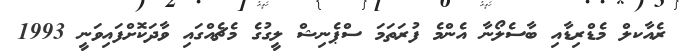
ރެއާކލް މެޑްރިޑާއި ބާސެލޯނާ އެންމެ ފުރަތަމަ ސްޕެނިޝް ލީގުގެ މެޗެއްގައި ވާދަކޮށްފައިވަނީ 1993